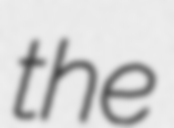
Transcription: the